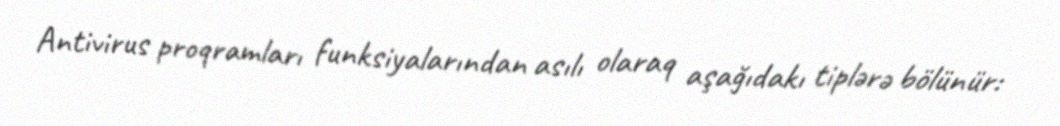
Antivirus proqramları funksiyalarından asılı olaraq aşağıdakı tiplərə bölünür: